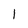
Character: 1